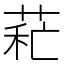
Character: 𦱐